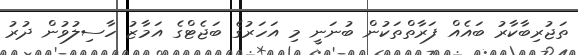
ތަޖުރިބާކާރު ބައެއް ފަރާތްތަކުން ބުނަނީ މި އަހަރުގެ ބަޖެޓްގެ އަމާޒު ހާސިލުވުން ދުރު